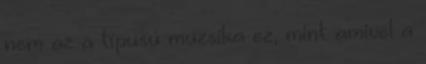
nem az a típusú muzsika ez, mint amivel a